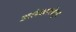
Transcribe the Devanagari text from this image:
अलंकारांतून